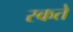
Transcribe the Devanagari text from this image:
स्कते